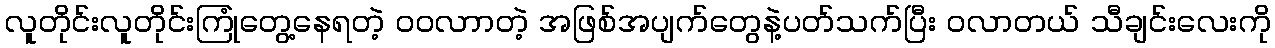
လူတိုင်းလူတိုင်းကြုံတွေ့နေရတဲ့ ဝဝလာာတဲ့ အဖြစ်အပျက်တွေနဲ့ပတ်သက်ပြီး ဝလာတယ် သီချင်းလေးကို